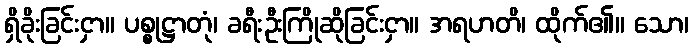
ရှိခိုးခြင်းငှာ။ ပစ္စုဋ္ဌာတုံ၊ ခရီးဦးကြိုဆိုခြင်းငှာ။ အရဟတိ၊ ထိုက်၏။ သော၊